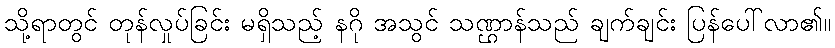
သို့ရာတွင် တုန်လှုပ်ခြင်း မရှိသည့် နဂို အသွင် သဏ္ဌာန်သည် ချက်ချင်း ပြန်ပေါ်လာ၏။